NAE_Eesti_seltside_protokollid_1900-1917, lk 2
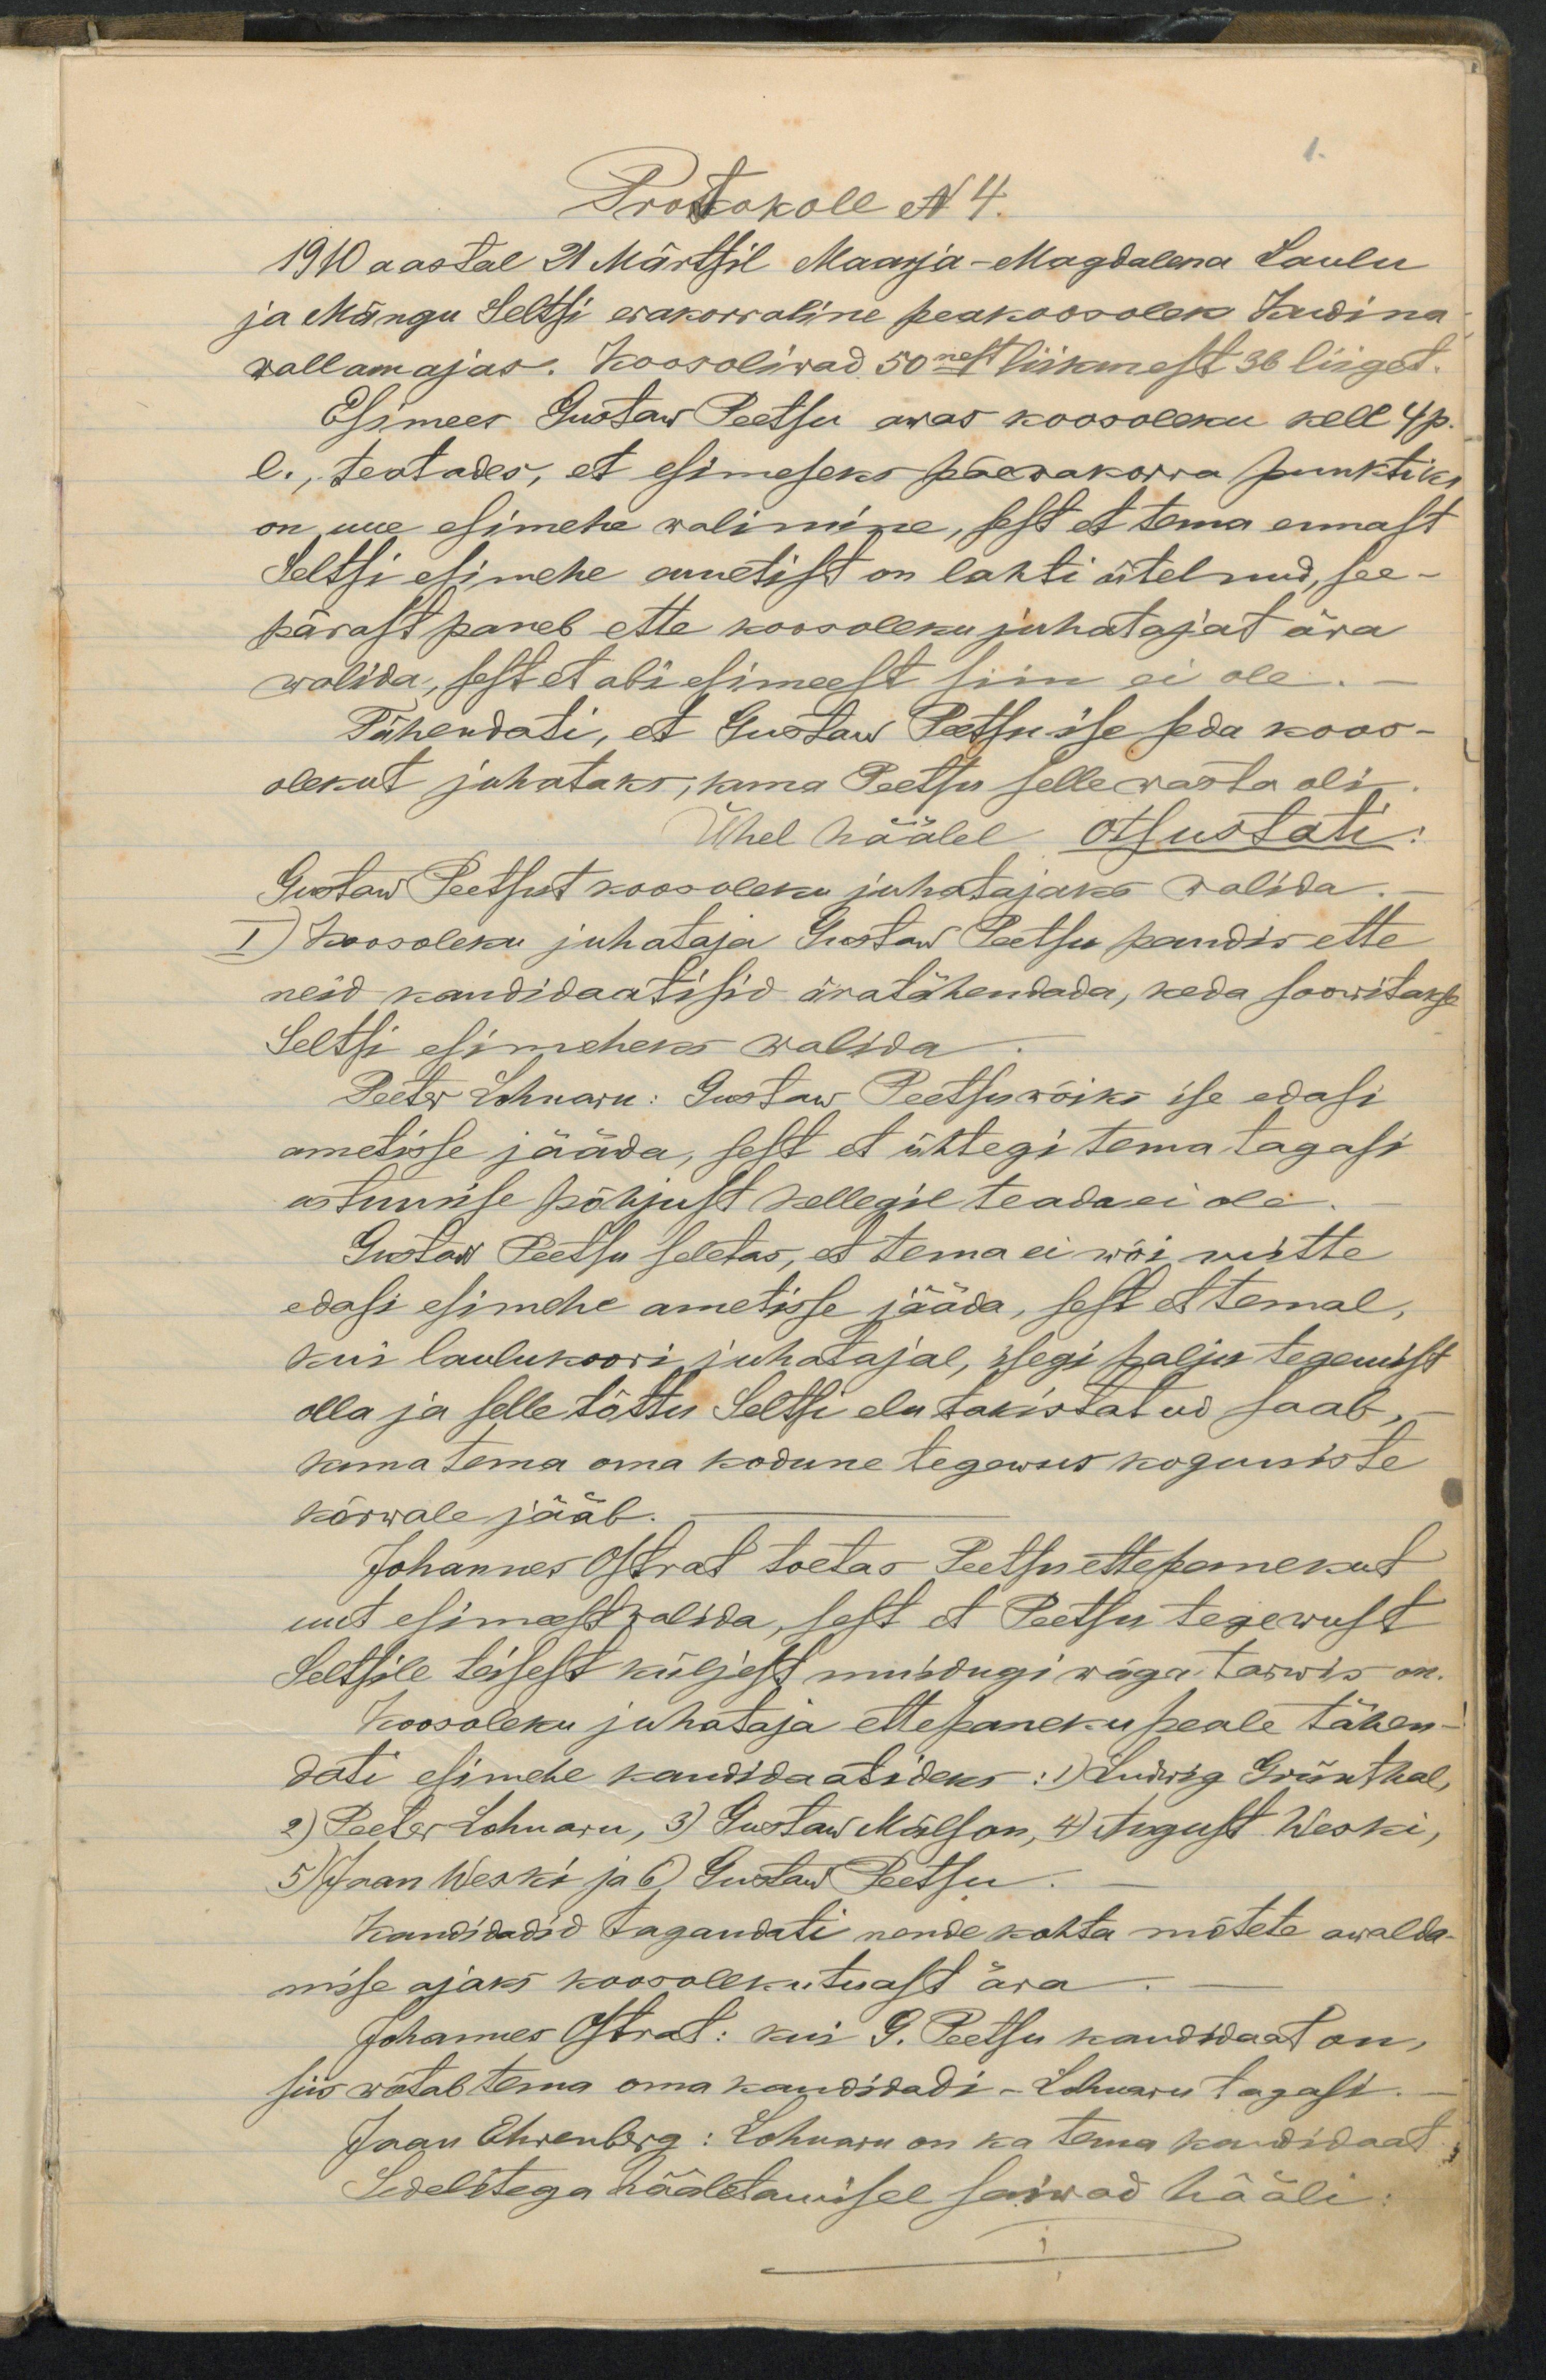
Protokoll N4.
1910 aastal 21 Märtsil Maarja-Magdalena Laulu
ja Mängu Seltsi erakorraline peakoosolek Kudina
wallamajas. Koos oliwad 50nest liikmest 36 liiget.
Esimees Gustaw Peetsu awas koosoleku kell 4p.
l., teatades, et esimeseks päewakorra punktiks
on uue esimehe walimine, sest et tema ennast
Seltsi esimehe ametist on lahti ütelnud, see-
pärast paneb ette koosoleku juhatajat ära
walida, sest et abi esimeest siin ei ole
Tähendati, et Gustaw Peetsu ise seda koos-
olekut juhataks, kuna Peetsu selle wasta oli
Ühel häälel otsustati.
Gustaw Peetsut koosoleku juhatajaks walida
1) Koosoleku juhataja Gustaw Peetsu pandis ette
neid kandidaatisid äratähendada, keda soowitakse
Seltsi esimeheks walida
Peeter Lohuaru: Gustaw Peetsu wõiks ise edasi
ametisse jääda, sest et ühtegi tema tagasi
astumise põhjust kellegil teada ei ole
Gustaw Peetsu seletas, et tema ei wõi mitte
edasi esimehe ametisse jääda, sest et temal,
kus laulukoori juhatajal, isegi palju tegemist
olla ja selle tõttu Seltsi elu takistatud saab,
kuna tema oma kodune tegewus koguniste
kõrwale jääb.
Johannes Ostrat toetas Peetsu ettepanekut
uut esimest walida, sest et Peetsu tegewust
Seltsile teisest küljest muidugi wäga tarwis on.
Koosoleku juhataja ettepaneku peale tähen-
dati esimehe kandidaatideks: Ludwig Grünthal,
2) Peeter Lohuaru, 3) Gustaw Mälson, 4) August Weski,
5) Jaan Weski ja 6) Gustaw Peetsu
Kandidadid tagandati nende kohta mõtete awalda-
mise ajaks koosolekutuast ära
Johannes Ostrat: kui G. Peetsu kandidaat on,
siis wõtab tama oma kandidadi - Lohuaru tagasi
Jaan Ehrenberg: Lohuaru on ka tema kandidaat.
Sedelitega hääletamisel saiwad hääli